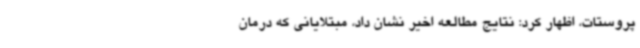
پروستات، اظهار کرد: نتایج مطالعه اخیر نشان داد، مبتلایانی که درمان